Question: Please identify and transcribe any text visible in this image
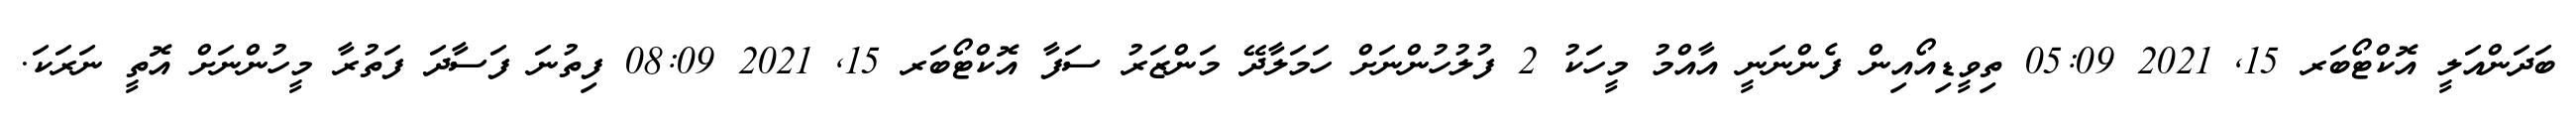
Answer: ބަދަންއަލީ އޮކްޓޯބަރ 15, 2021 05:09 ތިވީޑިއޯއިން ފެންނަނީ އާއްމު މީހަކު 2 ފުލުހުންނަށް ހަމަލާދޭ މަންޒަރު ސަފާ އޮކްޓޯބަރ 15, 2021 08:09 ފިތުނަ ފަސާދަ ފަތުރާ މީހުންނަށް އޮތީ ނަރަކަ.